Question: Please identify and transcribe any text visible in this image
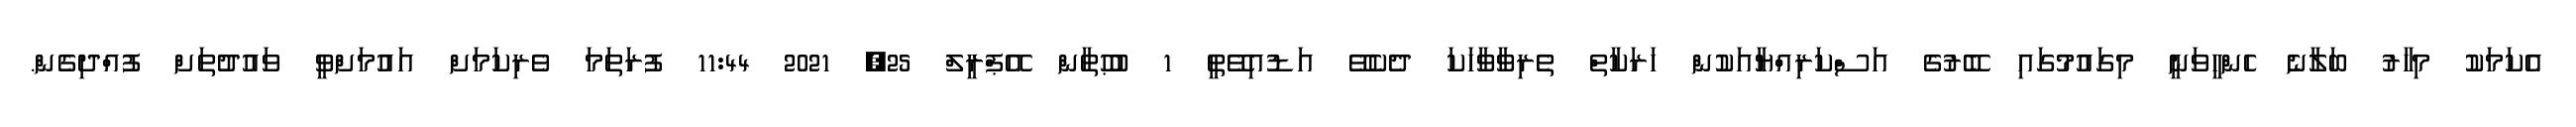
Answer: އެކަމަކު މިހާރު ބަލާނެ ހެންހީވަނީ މިގައުމުގައި ބޭރުގެ އަސްކަރިއްޔާއަކުން ހަރަކާތް ތެރިވާވާހަކަ ދެކެވޭ އަޑުއިވޭތީ 1 ބުޙުތާން އޭޕްރީލް 25, 2021 11:44 ފުރަތަމަ ވެރިކަމަށް އައުމަށްވީ ވައުދުތަށް ފުއްދިގެން.